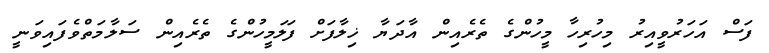
ފަސް އަހަރުވީއިރު މިހުރިހާ މީހުންގެ ތެރެއިން އާދަޔާ ޚިލާފަށް ފަލަމީހުންގެ ތެރެއިން ސަލާމަތްވެފައިވަނީ